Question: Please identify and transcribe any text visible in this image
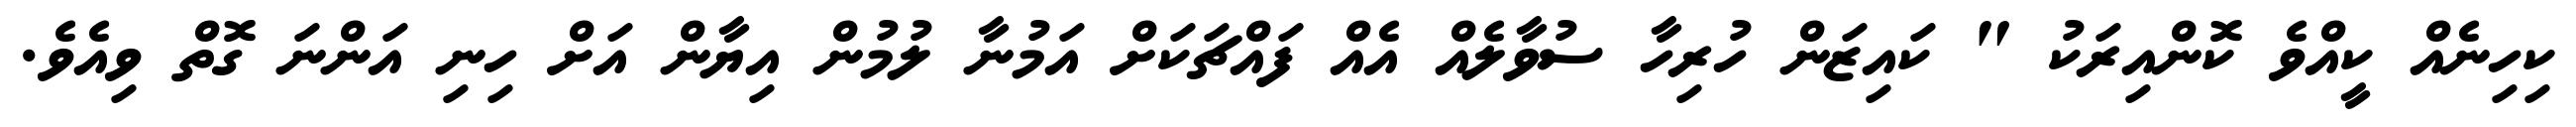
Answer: ކިހިނެއް ކީއްވެ ކޮންއިރަކު " ކައިޒަން ހުރިހާ ސުވާލެއް އެއް ފައްޗަކަށް އަމުނާ ލުމުން އިޔާން އަށް ހިނި އަންނަ ގޮތް ވިއެވެ.